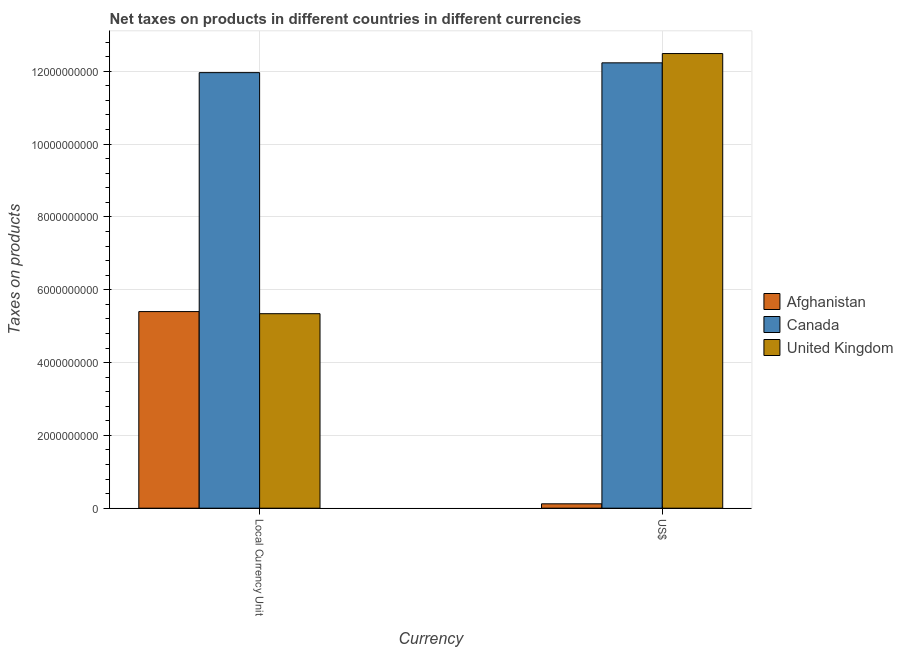
| Currency | Afghanistan | Canada | United Kingdom |
 | --- | --- | --- | --- |
 | Local Currency Unit | 5.4e+09 | 1.2e+10 | 5.34e+09 |
 | US$ | 1.2e+08 | 1.22e+10 | 1.25e+10 |